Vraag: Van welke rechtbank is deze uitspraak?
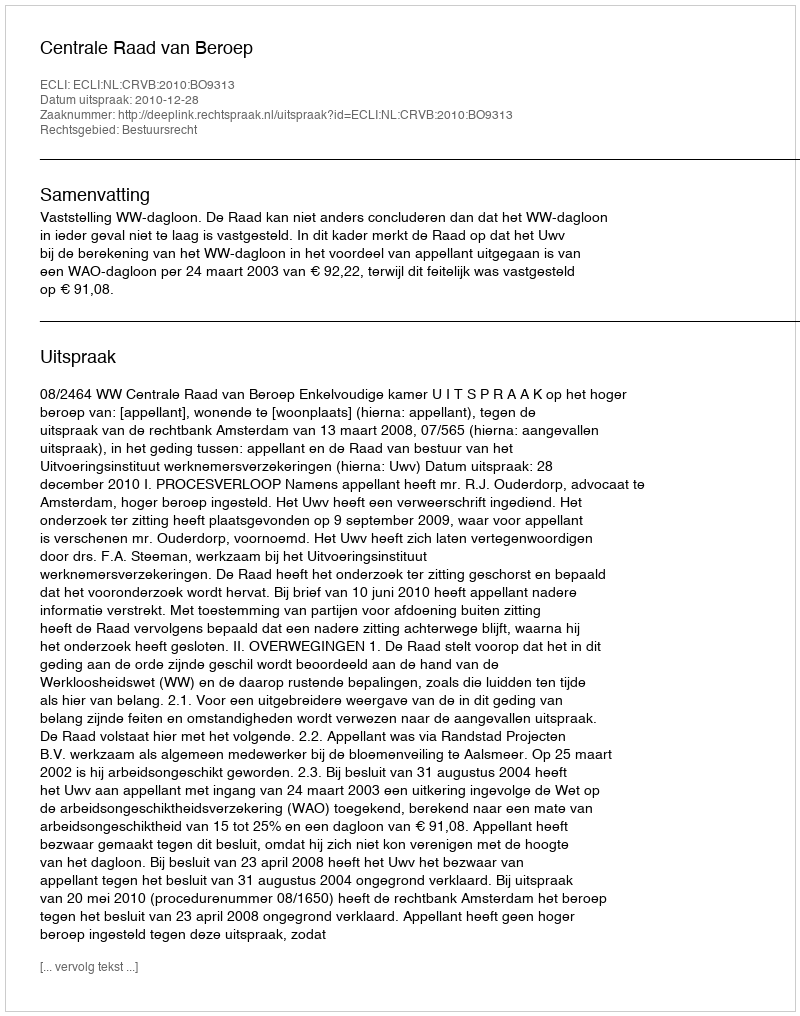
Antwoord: Centrale Raad van Beroep